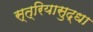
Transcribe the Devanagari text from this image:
स्त्रियासुद्धा